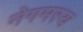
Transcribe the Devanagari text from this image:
नेगमस्य